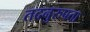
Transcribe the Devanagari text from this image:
तदनुरुपता